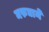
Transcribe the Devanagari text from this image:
मरुद्याने